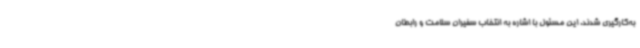
به‌کارگیری شدند. این مسئول با اشاره به انتخاب سفیران سلامت و رابطان